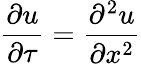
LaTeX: {\frac{\partial u}{\partial\tau}}={\frac{\partial^{2}u}{\partial x^{2}}}